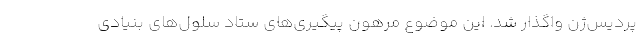
پردیس‌ژن واگذار شد. این موضوع مرهون پیگیری‌های ستاد سلول‌های بنیادی